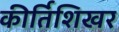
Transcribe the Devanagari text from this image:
कीर्तिशिखर